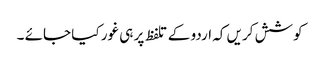
کوشش کریں کہ اردو کے تلفظ پر ہی غور کیا جائے ۔